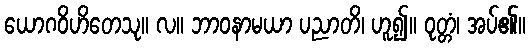
ယောဂဝိဟိတေသု။ လ။ ဘာဝနာမယာ ပညာတိ၊ ဟူ၍။ ဝုတ္တံ၊ အပ်၏။